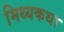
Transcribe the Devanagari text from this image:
मिथ्यकथा